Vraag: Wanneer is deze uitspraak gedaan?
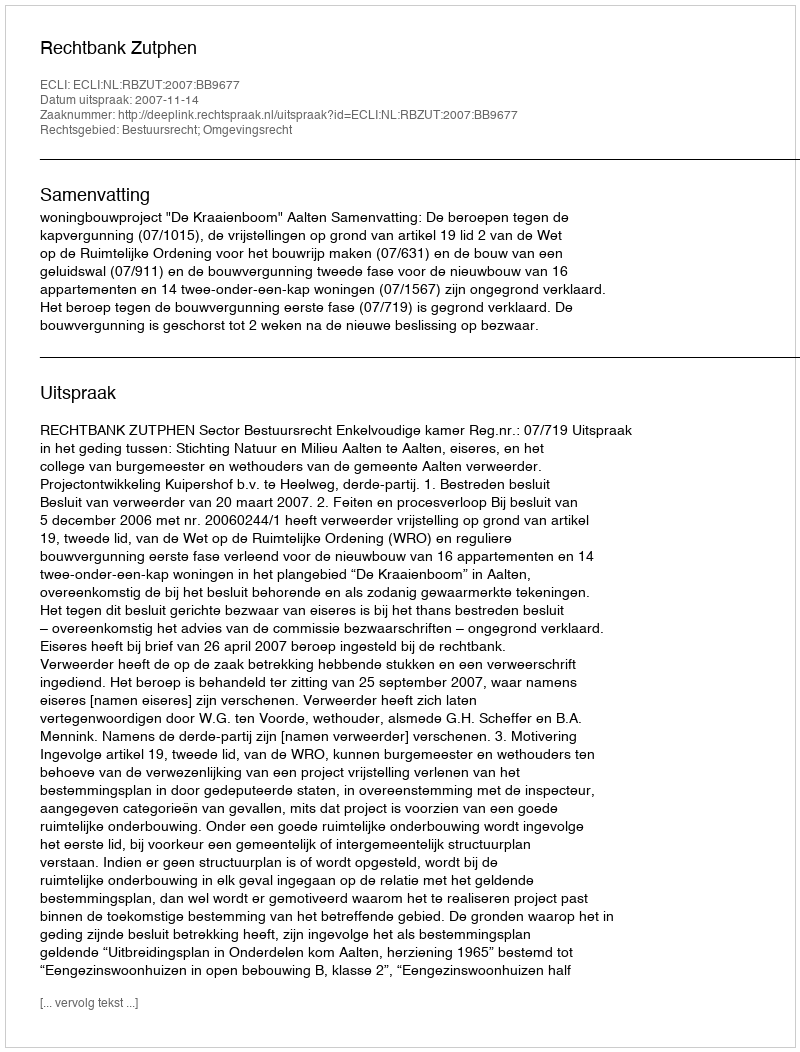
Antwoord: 2007-11-14